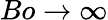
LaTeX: Bo\to\infty